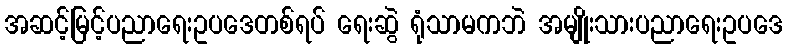
အဆင့်မြင့်ပညာရေးဥပဒေတစ်ရပ် ရေးဆွဲ ရုံသာမကဘဲ အမျိုးသားပညာရေးဥပဒေ